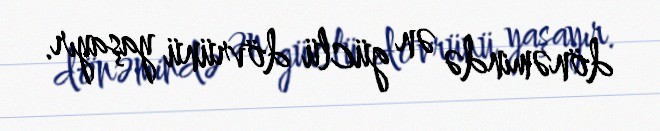
dönəmində ən güclü dövrünü yaşayır.